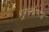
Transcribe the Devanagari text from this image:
गुराखीगड